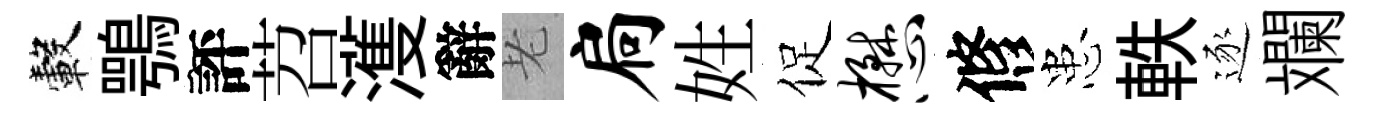
轂鶚評苕濩辭老扃姓促懋修患軼逐斕